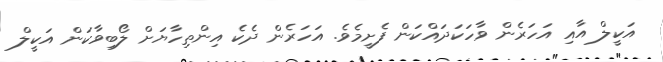
އަކީލް އާއި އަހަރެން ވާހަކަދައްކަން ފެށީމެވެ. އަހަރެން ދެކެ އިންތިހާޔަށް ލޯބިވާކަން އަކީލް